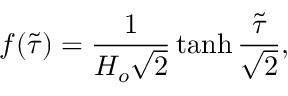
f ( \tilde { \tau } ) = \frac { 1 } { H _ { o } \sqrt { 2 } } \operatorname { t a n h } \frac { \tilde { \tau } } { \sqrt { 2 } } ,